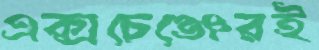
এক্সচেঞ্জেরই